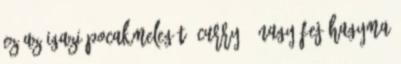
ez az igazi pocakmelegítő curry 1 nagy fej hagyma